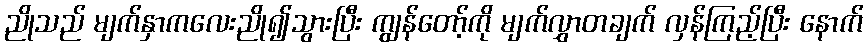
ညိုသည် မျက်နှာကလေးညို၍သွားပြီး ကျွန်တော့်ကို မျက်လွှာတချက် လှန်ကြည့်ပြီး နောက်